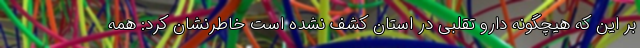
بر این که هیچگونه دارو تقلبی در استان کشف نشده است خاطرنشان کرد: همه